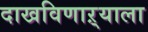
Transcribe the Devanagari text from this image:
दाखविणाऱ्याला